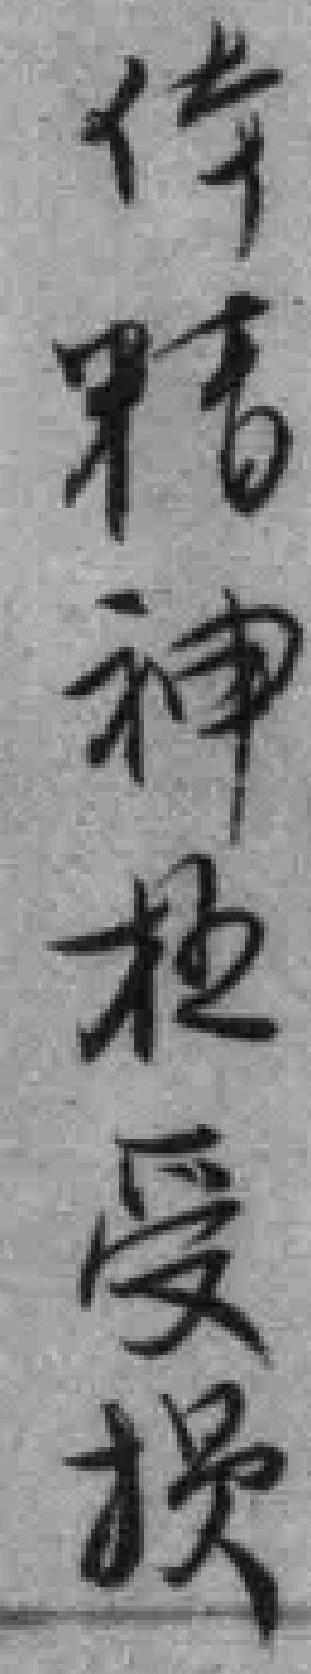
体精神極受损